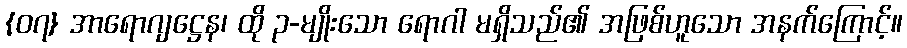
{၀၇} အာရောဂျဋ္ဌေန၊ ထို ၃-မျိုးသော ရောဂါ မရှိသည်၏ အဖြစ်ဟူသော အနက်ကြောင့်။